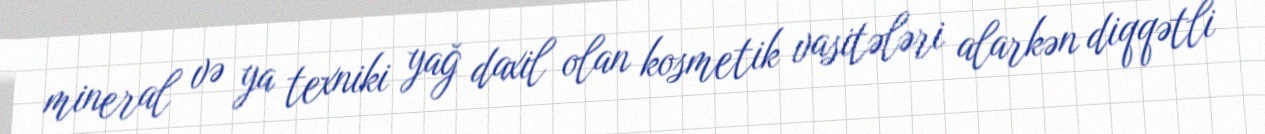
mineral və ya texniki yağ daxil olan kosmetik vasitələri alarkən diqqətli